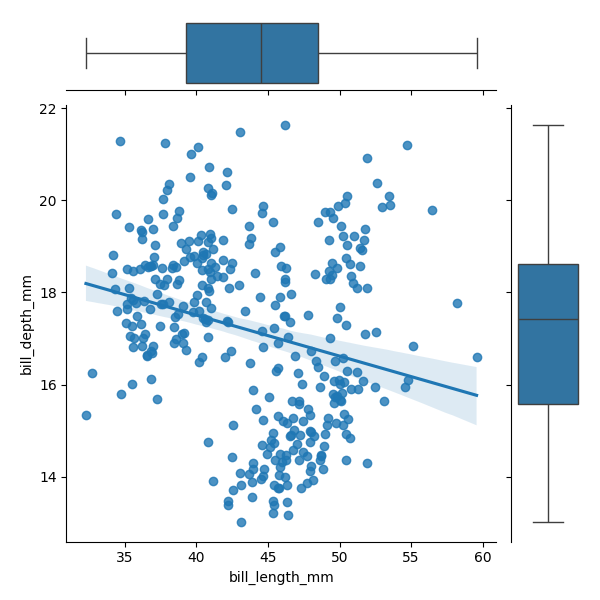
python, seaborn, JointGrid, regplot, boxplot